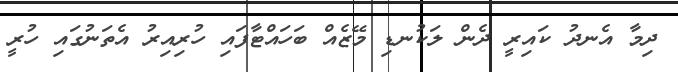
ދިމާ އެނދު ކައިރީ ދެން ލަކުނޑި މޭޒެއް ބަހައްޓާފައި ހުރިއިރު އެތަނުގައި ހުރީ